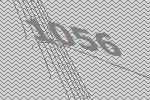
1056